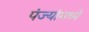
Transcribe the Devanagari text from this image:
पंज्यांमध्ये